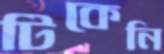
টিকেনি